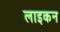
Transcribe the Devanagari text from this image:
लाइकन